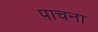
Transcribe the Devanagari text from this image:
पाचना